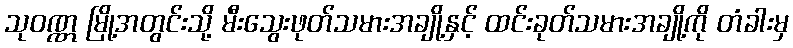
သုဝဏ္ဏ မြို့အတွင်းသို့ မီးသွေးဖုတ်သမားအချို့နှင့် ထင်းခုတ်သမားအချို့ကို တံခါးမှ